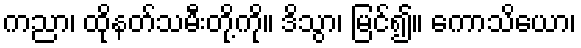
ကညာ၊ ထိုနတ်သမီးတို့ကို။ ဒိသွာ၊ မြင်၍။ ကောသိယော၊